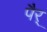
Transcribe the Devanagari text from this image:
पैर्